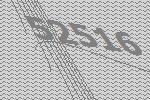
52516